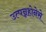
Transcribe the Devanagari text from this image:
उत्पन्नहोनेसे